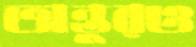
অন্তুরও